Mental hospitals Bombay report 1929-33 - 1929-1933
Year: 1929
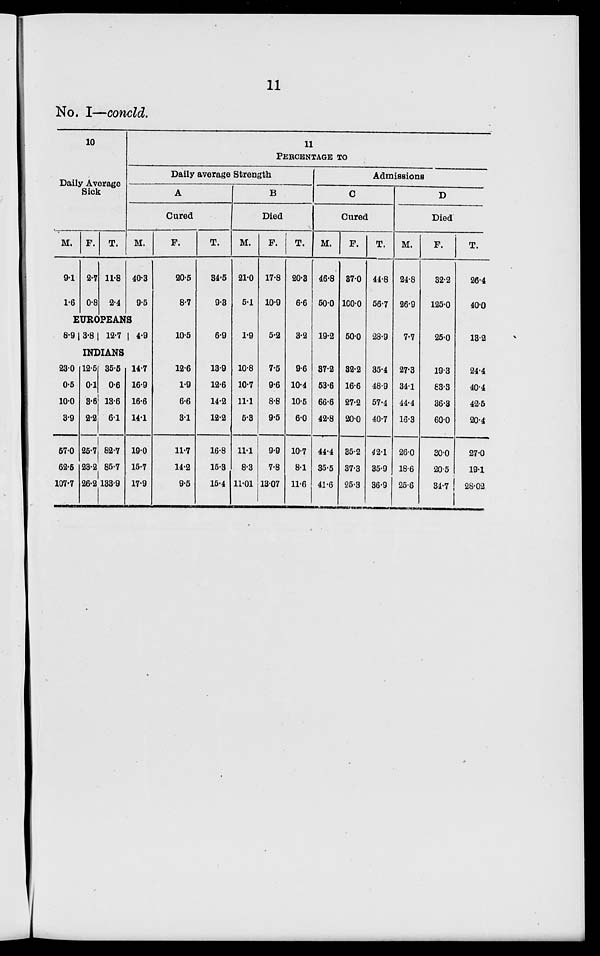
11
No. I—concld.
10
Daily Average
Sick
M.
9.1
1.6
F.
2.7
0.8
T.
11.8
2.4
11
PERCENTAGE
TO
Daily average Strength
A
Cured
M.
40.3
9.5
EUROPEANS
8.9 3.8 12.7
4.9
INDIANS
23.0
0.5
10.0
3.9
57.0
62.5
107.7
12.5
0.1
3.6
2.2
25.7
23.2
26.2
35.5
0.6
13.6
6.1
82.7
85.7
133.9
14.7
16.9
16.6
14.1
19.0
15.7
17.9
F.
20.5
8.7
10.5
12.6
1.9
6.6
3.1
11.7
14.2
9.5
T.
34.5
9.3
6.9
13.9
12.6
14.2
12.2
16.8
15.3
15.4
B
Died
M.
21.0
5.1
1.9
10.8
10.7
11.1
5.3
11.1
8.3
11.01
F.
17.8
10.9
5.2
7.5
9.6
8.8
9.5
9.9
7.8
13.07
T.
20.3
6.6
3.2
9.6
10.4
10.6
6.0
10.7
8.1
11.6
Admissions
C
Cured
M.
46.8
50.0
19.2
37.2
53.6
66.6
42.8
44.4
35.5
41.6
F.
37.0
100.0
50.0
32.2
16.6
27.2
20.0
35.2
37.3
25.3
T.
44.8
56.7
28.9
35.4
48.9
57.4
40.7
42.1
35.9
36.9
D
Died
M.
24.8
26.9
7.7
27.3
34.1
44.4
16.3
26.0
18.6
25.6
F.
32.2
125.0
25.0
19.3
83.3
36.3
60.0
30.0
20.5
34.7
T.
26.4
40.0
13.2
24.4
40.4
42.5
20.4
27.0
19.1
28.02